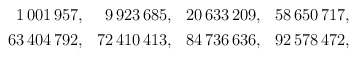
\begin{align*}\begin{aligned} 1\,001\,957 &,& 9\,923\,685 &,& 20\,633\,209 &,& 58\,650\,717, \\ 63\,404\,792 &,& 72\,410\,413 &,& 84\,736\,636 &,& 92\,578\,472, \end{aligned}\end{align*}